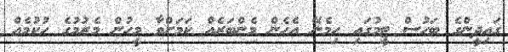
ގައިދީންގެ ބަހުސް ޓީމުގައި ހިމެނޭ އެހެން މެންބަރެއް ކަމަށްވާ މީހުން މެރުމުގެ ހުކުމެއް